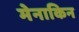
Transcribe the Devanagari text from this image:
मेनाकिन